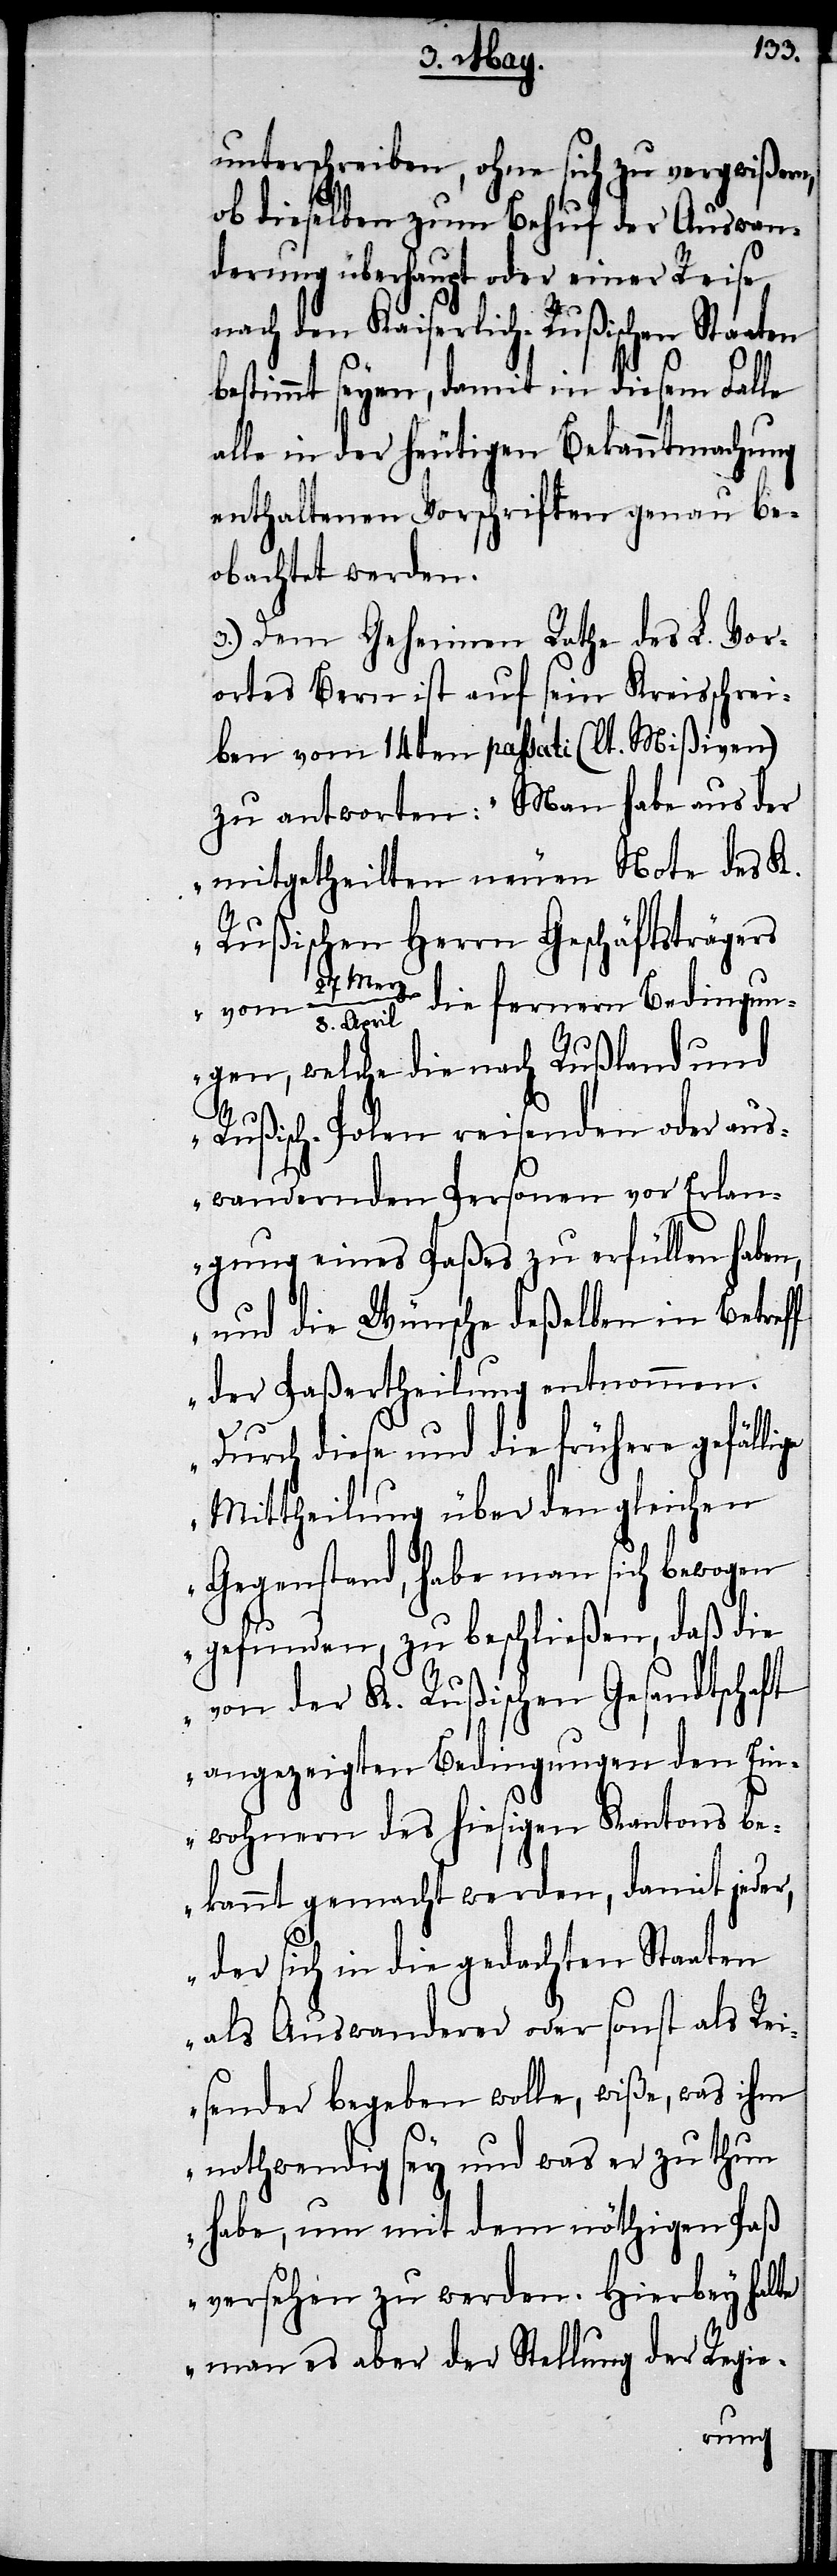
unterschreiben, ohne sich zu vergewißern,
ob dieselben zum Behuf der Auswan¬
derung überhaupt oder einer Reise
nach den Kaiserlich-Rußischen Staaten
bestimmt seyen, damit in diesem Falle
alle in der heutigen Bekanntmachung
enthaltenen Vorschriften genau be¬
obachtet werden.
3.) Dem Geheimen Rathe des L. Vor¬
ortes Bern ist auf sein Kreisschrei¬
ben vom 14ten passati (lt. Mißiven)
zu antworten: „Man habe aus der
mitgetheilten neuen Note des K.
Rußischen Herrn Geschäftsträgers
April die fernern Bedingun¬
ge
gen, welche die nach Rußland und
Rußisch-Polen reisenden oder aus¬
wandernden Personen vor Erlan¬
gung eines Paßes zu erfüllen haben,
und die Wünsche deßelben in Betreff
der Paßertheilung entnommen.
Durch diese und die frühere gefälli¬
Mittheilung über den gleichen
Gegenstand, habe man sich bewogen
gefunden, zu beschließen, daß die
von der K. Rußischen Gesandtschaft
angezeigten Bedingungen den Ein¬
wohnern des hiesigen Kantons be¬
kannt gemacht werden, damit jeder,
der sich in die gedachten Staaten
als Auswanderer oder sonst als Rei¬
sender begeben wolle, wiße, was ihm
nothwendig sey und was er zu thun
habe, um mit dem nöthigen Paß
versehen zu werden. Hierbey halte
man es aber der Stellung der Regie-